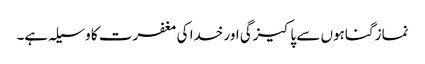
نماز گناہوں سے پاکیزگی اور خدا کی مغفرت کا وسیلہ ہے۔